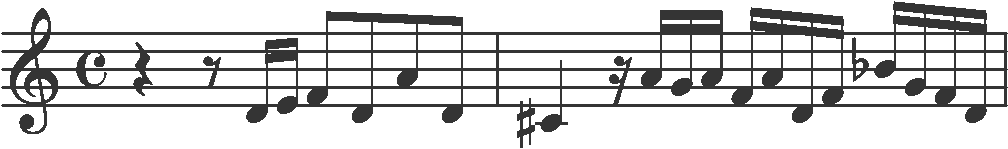
Transcription: clef-G2 timeSignature-C rest-quarter rest-eighth note-D4_sixteenth note-E4_sixteenth note-F4_eighth note-D4_eighth note-A4_eighth note-D4_eighth barline note-C#4_quarter rest-sixteenth note-A4_sixteenth note-G4_sixteenth note-A4_sixteenth note-F4_sixteenth note-A4_sixteenth note-D4_sixteenth note-F4_sixteenth note-Bb4_sixteenth note-G4_sixteenth note-F4_sixteenth note-D4_sixteenth barline